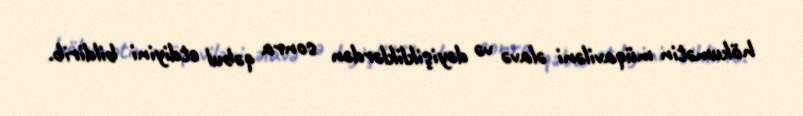
hökumətin müqaviləni əlavə və dəyişikliklərdən sonra qəbul etdiyini bildirib.